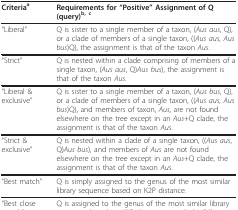
| Criteriaa | Requirements for "Positive" Assignment of Q (query)b, c |
 | --- | --- |
 | "Liberal" | Q is sister to a single member of a taxon, (Aus aus, Q), or a clade of members of a single taxon, ((Aus aus, Aus bus)Q), the assignment is that of the taxon Aus. |
 | "Strict" | Q is nested within a clade comprising of members of a single taxon, (Aus aus, Q)Aus bus), the assignment is that of the taxon Aus. |
 | "Liberal & exclusive" | Q is sister to a single member of a taxon, (Aus bus, Q), or a clade of members of a single taxon, ((Aus aus, Aus bus)Q), and members of taxon, Aus, are not found elsewhere on the tree except in an Aus+Q clade, the assignment is that of the taxon Aus. |
 | "Strict & exclusive" | Q is nested within a clade of a single taxon, ((Aus aus, Q)Aus bus), and members of Aus are not found elsewhere on the tree except in an Aus+Q clade, the assignment is that of the taxon Aus. |
 | "Best match" | Q is simply assigned to the genus of the most similar library sequence based on K2P distance. |
 | "Best close match" | Q is assigned to the genus of the most similar library sequence based on K2P distance provided it falls below a threshold value. |